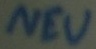
Text: NEU